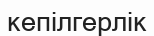
кепілгерлік